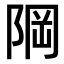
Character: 𨹽